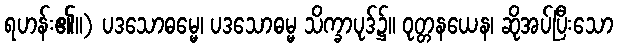
ရဟန်း၏။) ပဒသောဓမ္မေ၊ ပဒသောဓမ္မ သိက္ခာပုဒ်၌။ ဝုတ္တနယေန၊ ဆိုအပ်ပြီးသော